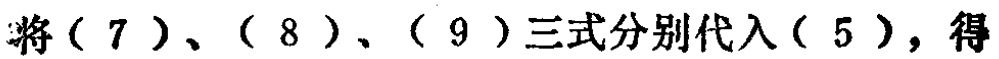
将（7）、（8）、（9）三式分别代入（5），得